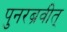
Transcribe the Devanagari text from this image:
पुनरब्रवीत्